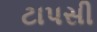
ટાપસી